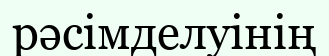
рәсімделуінің